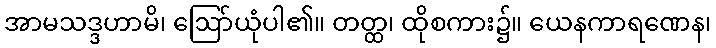
အာမသဒ္ဒဟာမိ၊ ဩော်ယုံပါ၏။ တတ္ထ၊ ထိုစကား၌။ ယေနကာရဏေန၊